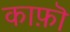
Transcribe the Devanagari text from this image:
काफ़ॊ